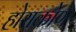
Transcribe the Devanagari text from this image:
होराकोण